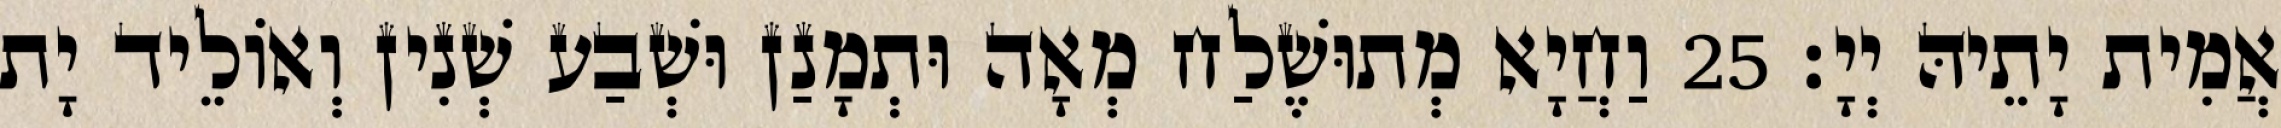
אֲמִית יָתֵיהּ יְיָ׃ 25 וַחֲיָא מְתוּשֶׁלַח מְאָה וּתְמָנַן וּשְׁבַע שְׁנִין וְאוֹלֵיד יָת